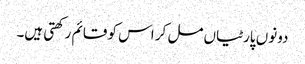
دونوں پارٹیاں مل کر اس کو قائم رکھتی ہیں۔